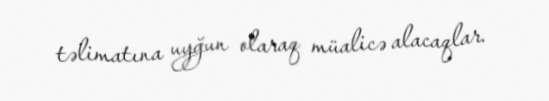
təlimatına uyğun olaraq müalicə alacaqlar.